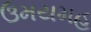
ઉમયમહ